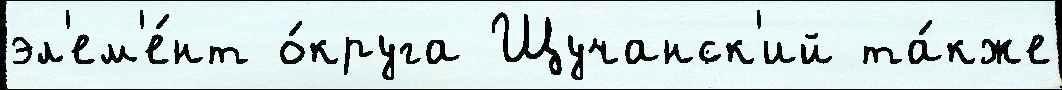
эл'ем'е́нт о́круга Щучанск'ий та́кже